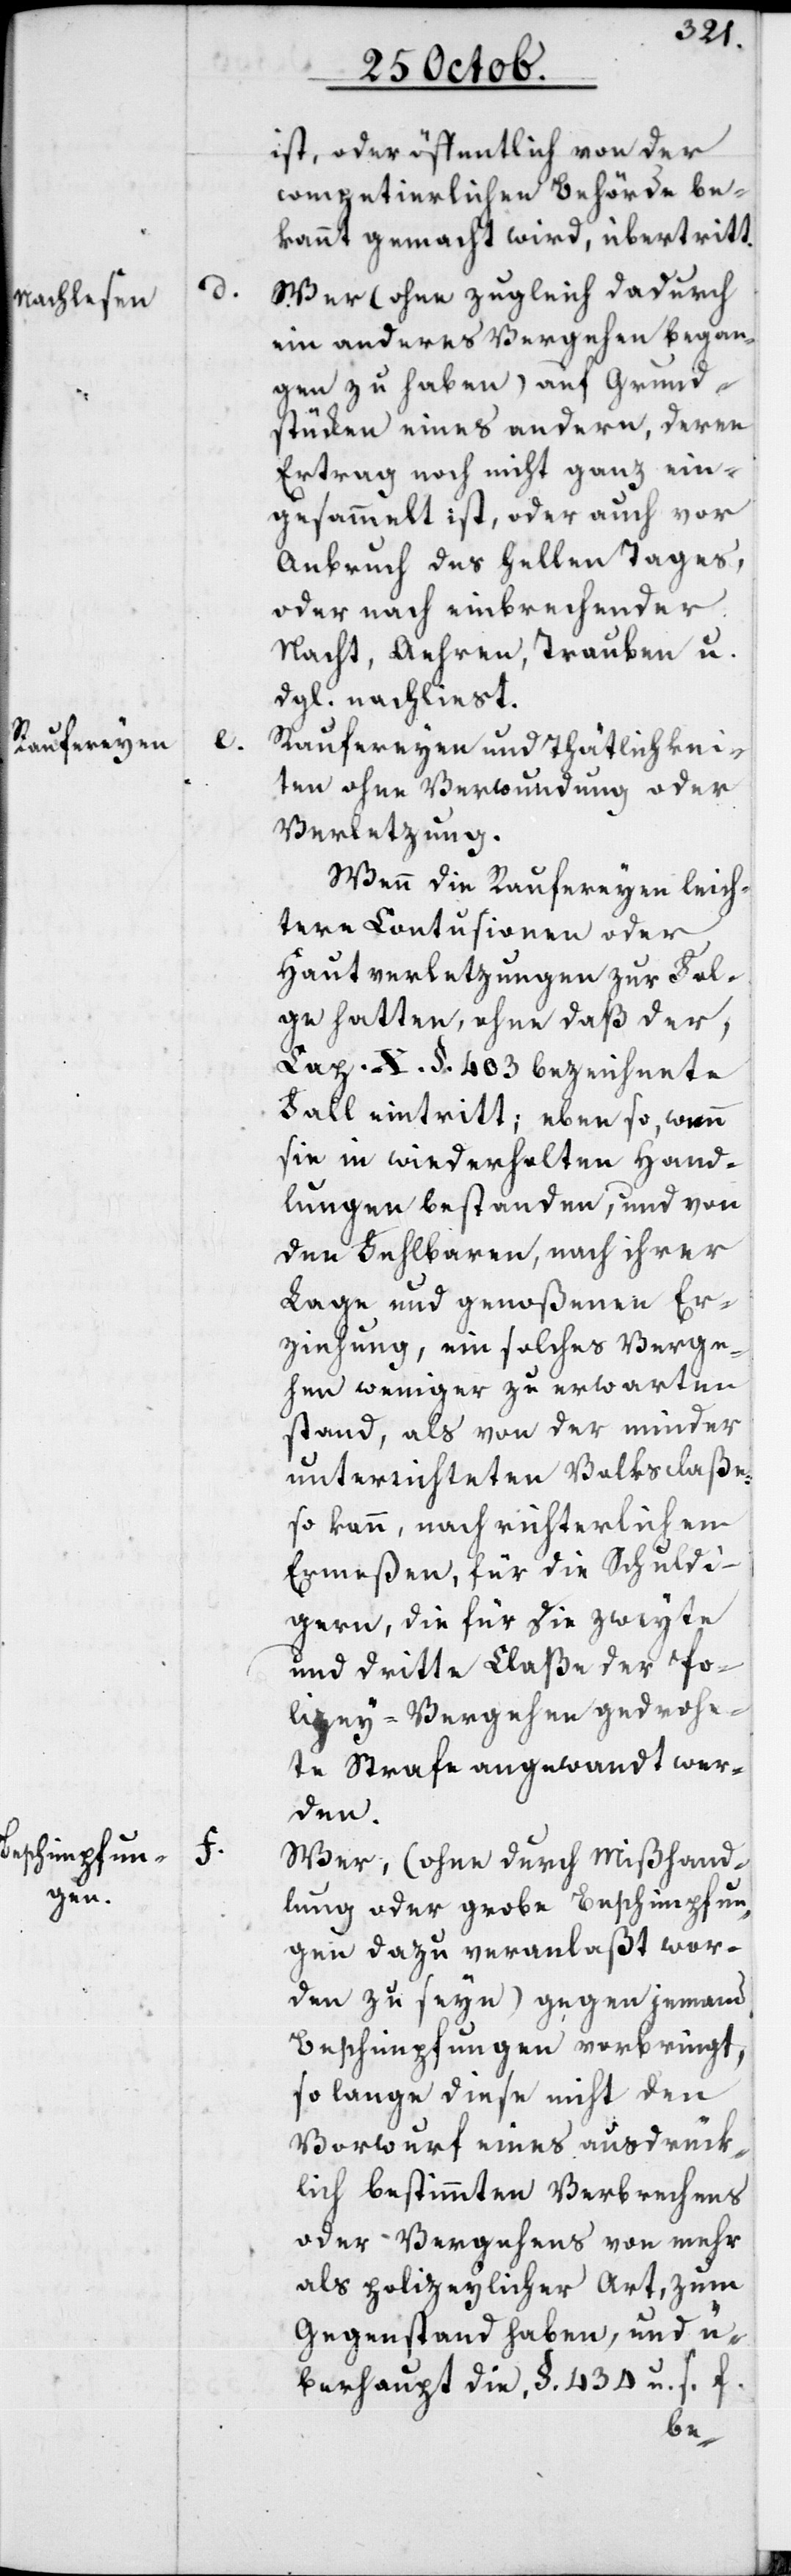
Nachlesen.
Raufereyen.
Beschimpfun¬
gen.

f.

d.

e.

ist, oder öffentlich von der
competierlichen Behörde be¬
kannt gemacht wird, übertritt.
Wer (ohne zugleich dadurch
ein anderes Vergehen began¬
gen zu haben), auf Grund¬
stücken eines andern, deren
Ertrag noch nicht ganz ein¬
gesammelt ist, oder auch vor
Anbruch des hellen Tages,
oder nach einbrechender
Nacht, Aehren, Trauben u.
dgl. nachliest.
Raufereyen und Thätlichkei¬
ten ohne Verwundung oder
Verletzung.
Wenn die Raufereyen leich¬
tere Contusionen oder
Hautverletzungen zur Fol¬
ge hatten, ohne daß der,
Cap. X. §. 403 bezeichnete
Fall eintritt; ebenso wenn
sie in wiederholten Hand¬
lungen bestanden, und von
den Fehlbaren, nach ihrer
Lage und genoßenen Er¬
ziehung, ein solches Verge¬
hen weniger zu erwarten
stand, als von der minder
unterrichteten Volksclaße,
so kann, nach richterlichem
Ermeßen, für die Schuldi¬
gern, die für die zweyte
und dritte Claße der Po¬
lizeyvergehen gedroh¬
te Strafe angewandt wer¬
den.
Wer, (ohne durch Mißhand¬
lung oder grobe Beschimpfun¬
gen dazu veranlaßt wor¬
den zu seyn) gegen jemand
Beschimpfungen vorbringt,
so lange diese nicht den
Vorwurf eines ausdrück¬
lich bestimmten Verbrechens
oder Vergehens von mehr
als polizeylicher Art, zum
Gegenstand haben, und ü¬
berhaupt die, §. 434 u. s. f.